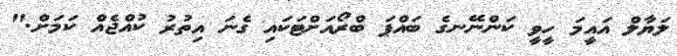
ލަޔާލް އައީމަ ހީވީ ކަންނޭނގެ ބައްޕަ ބްރޯއަށްޓަކައި ގެނަ އިތުރު ކުއްޖެއް ކަމަށް."